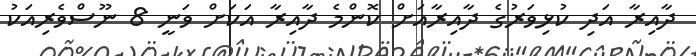
ދާއިރާ އަދި ކުޅިވަރުގެ ދާއިރާއަށް ކޮންމެ ދާއިރާ އަކަށް ވަނީ 8 ނޫސްވެރިއަކު